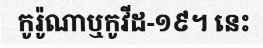
កូរ៉ូណាឬកូវីដ-១៩។ នេះ